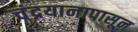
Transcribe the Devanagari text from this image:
चंद्रयानापासून